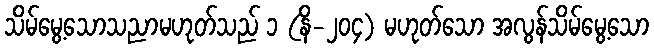
သိမ်မွေ့သောသညာမဟုတ်သည် ၁ (နိ-၂၀၄) မဟုတ်သော အလွန်သိမ်မွေ့သော